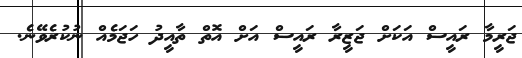
ޖަރީމާ ރައީސް އަކަށް ޖަޒީރާ ރައީސް އަށް އޮތް ތާއީދު ހަޖަމެއް ނުކުރެވޭނެ.